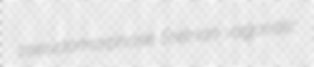
pseudomorphose Eretrian vagaristic